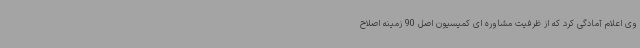
وی اعلام آمادگی کرد که از ظرفیت مشاوره ای کمیسیون اصل 90 زمینه اصلاح